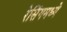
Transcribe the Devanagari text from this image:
रेसिंगमध्ये